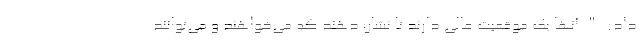
داد: " آنها یک موقعیت عالی دارند تا نشان دهند که می‌خواهند و می‌توانند